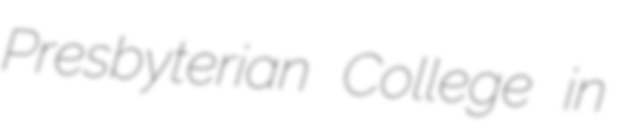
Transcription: Presbyterian College in